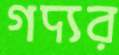
গদ্যর